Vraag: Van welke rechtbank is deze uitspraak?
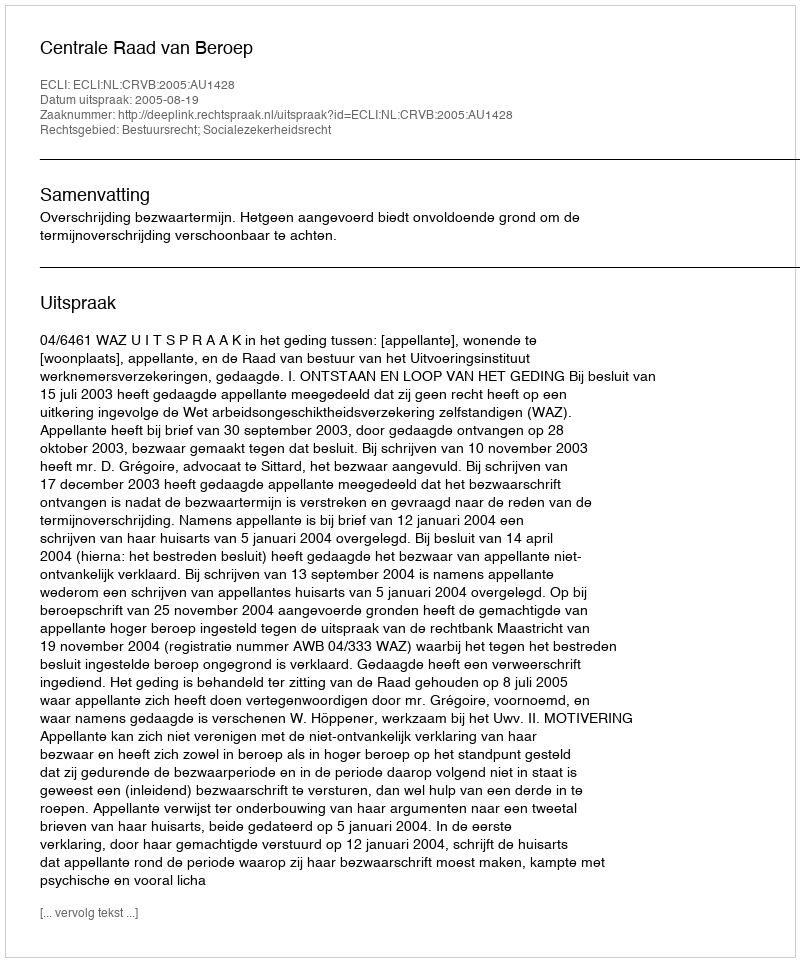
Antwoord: Centrale Raad van Beroep